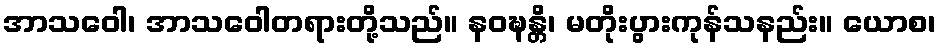
အာသဝေါ၊ အာသဝေါတရားတို့သည်။ နဝဍ္ဎန္တိ၊ မတိုးပွားကုန်သနည်း။ ယောစ၊